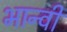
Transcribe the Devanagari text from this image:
भान्वी